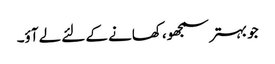
جو بہتر سمجھو، کھانے کے لئے لے آؤ۔